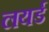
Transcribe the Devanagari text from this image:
लयर्ड